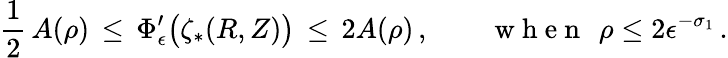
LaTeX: \frac 12\, A(\rho)\, \le\, \Phi_{\epsilon}^{\prime}\bigl(\zeta_{*}(R,Z)\bigr)\, \le\, 2A(\rho)\, ,\qquad\mathrm{~w~h~e~n~}~\, \rho\le 2\epsilon^{-\sigma_{1}}\, .